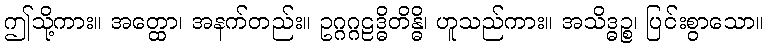
ဤသို့ကား။ အတ္ထော၊ အနက်တည်း။ ဥဂ္ဂဂ္ဂဠဒ္ဓိတိန္ဓိ၊ ဟူသည်ကား။ အသိဒ္ဓဉ္စ၊ ပြင်းစွာသော။